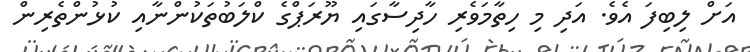
އަށް ލިބިފަ އެވެ. އަދި މި ހިތާމަވެރި ހާދިސާގައި ޔޫރަޕްގެ ކްލަބުތަކުންނާއި ކުޅުންތެރިން